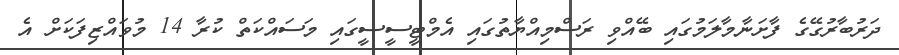
ދަރުބާރުގޭގެ ފާށަނާމާލަމުގައި ބޭއްވި ރަސްމިއްޔާތުގައި އެމްޓީސީސީގައި މަސައްކަތް ކުރާ 14 މުވައްޒިފަކަށް އެ